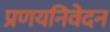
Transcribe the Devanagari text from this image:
प्रणयनिवेदन